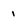
Character: i